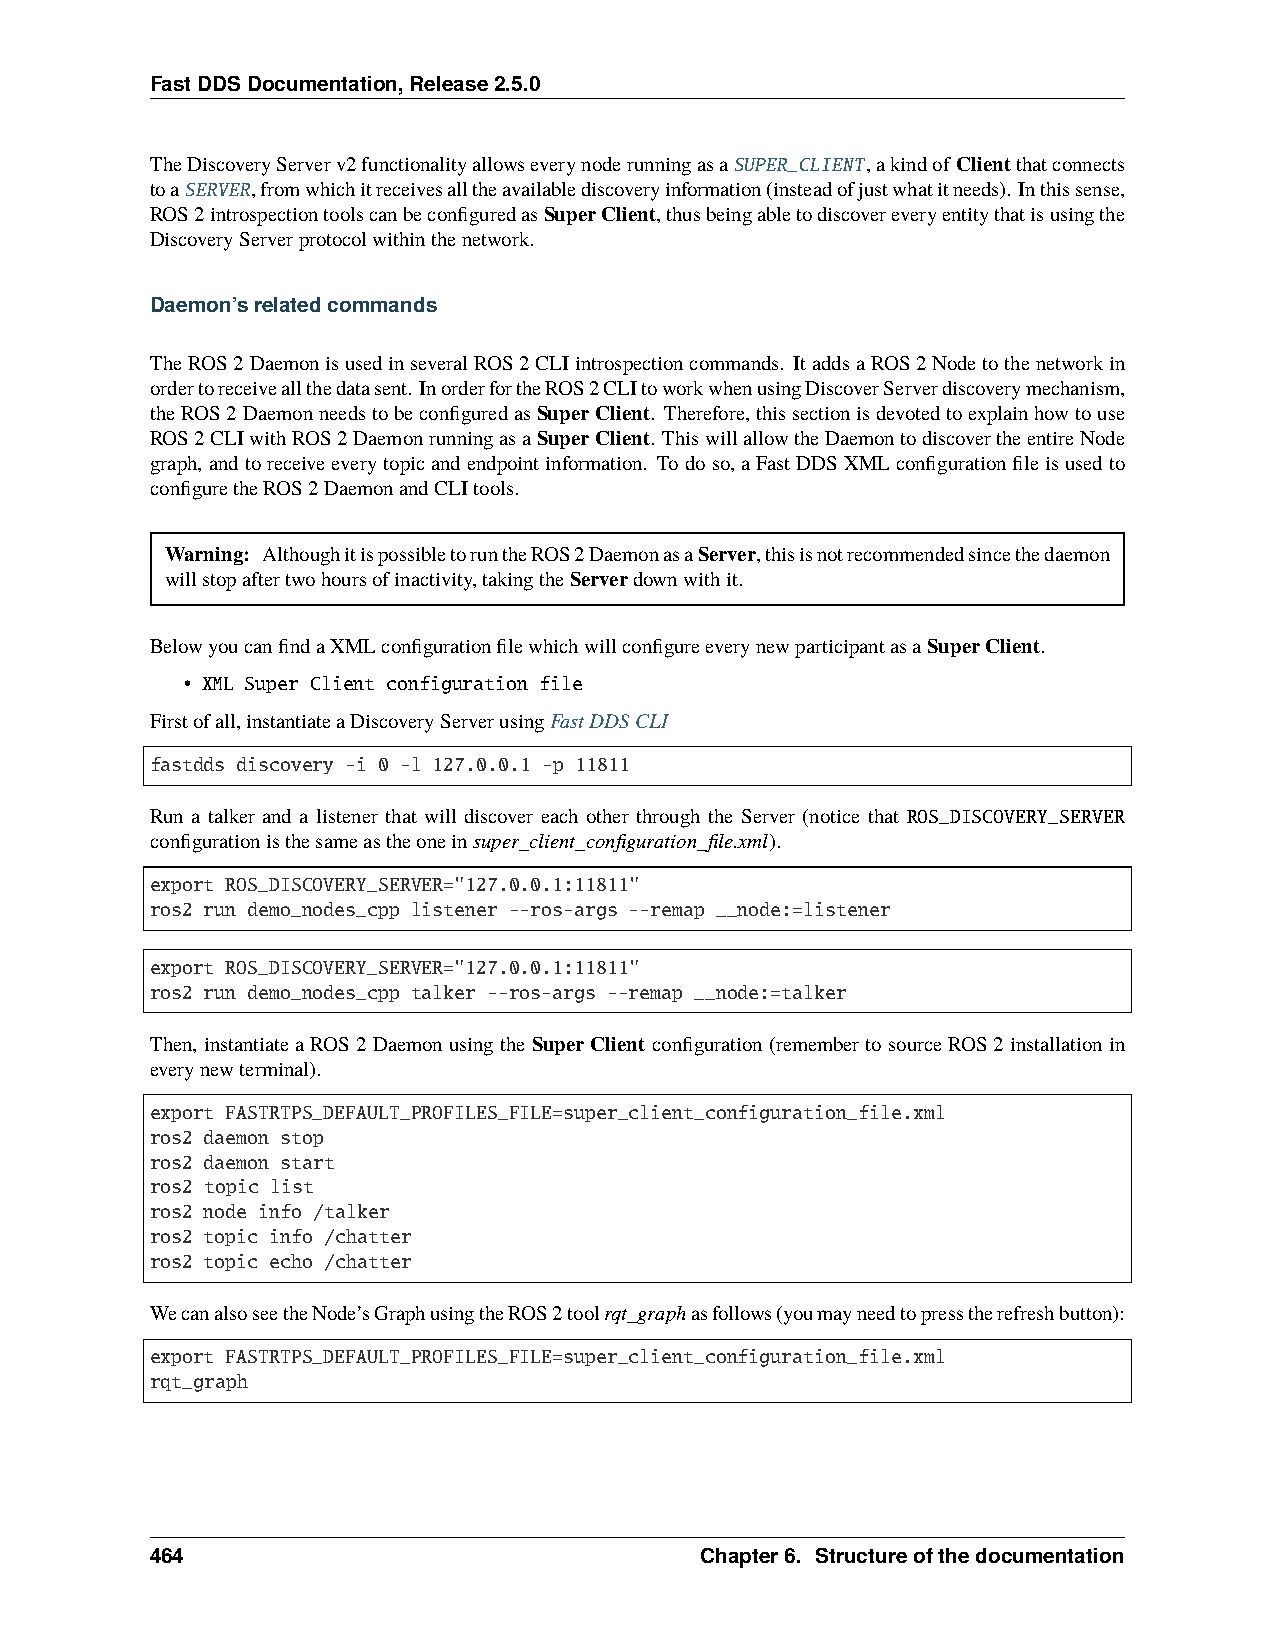
FastDDSDocumentation,Release2.5.0
 TheDiscoveryServerv2functionalityallowseverynoderunningasaSUPER_CLIENT,akindof Clientthatconnects
 toaSERVER,fromwhichitreceivesalltheavailablediscoveryinformation(insteadofjustwhatitneeds). Inthissense,
 ROS2introspectiontoolscanbeconfiguredasSuperClient,thusbeingabletodiscovereveryentitythatisusingthe
 DiscoveryServerprotocolwithinthenetwork.
 Daemon’srelatedcommands
 TheROS2DaemonisusedinseveralROS2CLIintrospectioncommands. ItaddsaROS2Nodetothenetworkin
 ordertoreceiveallthedatasent. InorderfortheROS2CLItoworkwhenusingDiscoverServerdiscoverymechanism,
 theROS2DaemonneedstobeconfiguredasSuperClient. Therefore,thissectionisdevotedtoexplainhowtouse
 ROS2CLIwithROS2DaemonrunningasaSuperClient. ThiswillallowtheDaemontodiscovertheentireNode
 graph,andtoreceiveeverytopicandendpointinformation. Todoso,aFastDDSXMLconfigurationfileisusedto
 configuretheROS2DaemonandCLItools.
 Warning: AlthoughitispossibletoruntheROS2DaemonasaServer,thisisnotrecommendedsincethedaemon
 willstopaftertwohoursofinactivity,takingtheServerdownwithit.
 BelowyoucanfindaXMLconfigurationfilewhichwillconfigureeverynewparticipantasaSuperClient.
 • XML Super Client configuration file
 Firstofall,instantiateaDiscoveryServerusingFastDDSCLI
 fastdds discovery -i 0 -l 127.0.0.1 -p 11811
 Run a talker and a listener that will discover each other through the Server (notice that ROS_DISCOVERY_SERVER
 configurationisthesameastheoneinsuper_client_configuration_file.xml).
 export ROS_DISCOVERY_SERVER="127.0.0.1:11811"
 ros2 run demo_nodes_cpp listener --ros-args --remap __node:=listener
 export ROS_DISCOVERY_SERVER="127.0.0.1:11811"
 ros2 run demo_nodes_cpp talker --ros-args --remap __node:=talker
 Then, instantiateaROS2Daemonusingthe SuperClient configuration(remembertosourceROS2installationin
 everynewterminal).
 export FASTRTPS_DEFAULT_PROFILES_FILE=super_client_configuration_file.xml
 ros2 daemon stop
 ros2 daemon start
 ros2 topic list
 ros2 node info /talker
 ros2 topic info /chatter
 ros2 topic echo /chatter
 WecanalsoseetheNode’sGraphusingtheROS2toolrqt_graphasfollows(youmayneedtopresstherefreshbutton):
 export FASTRTPS_DEFAULT_PROFILES_FILE=super_client_configuration_file.xml
 rqt_graph
 464                                 Chapter6. Structureofthedocumentation